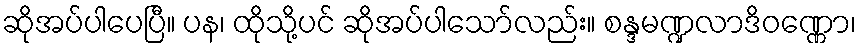
ဆိုအပ်ပါပေပြီ။ ပန၊ ထိုသို့ပင် ဆိုအပ်ပါသော်လည်း။ စန္ဒမဏ္ဍလာဒိဝဏ္ဏော၊